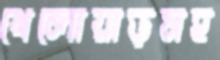
খেলোয়াড়সহ